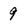
Character: 9